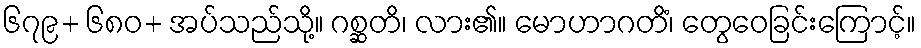
၆၇၉+ ၆၈၀+ အပ်သည်သို့။ ဂစ္ဆတိ၊ လား၏။ မောဟာဂတိံ၊ တွေဝေခြင်းကြောင့်။